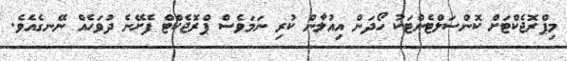
މިޕްރޮޖެކްޓަށް ކޮންސަލްޓެންޓަކު ހޯދަން އިއުލާން ކުރި ނަމަވެސް ޕްރޮޖެކްޓް ފެށޭނެ ދުވަހެއް ނޭނގެއެވެ.